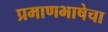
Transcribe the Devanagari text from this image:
प्रमाणभाषेचा